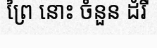
ព្រៃ នោះ ចំនួន ដំរី